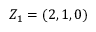
Z _ { 1 } = ( 2 , 1 , 0 )